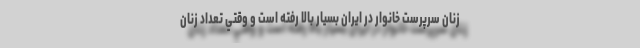
زنان سرپرست خانوار در ايران بسيار بالا رفته است و وقتي تعداد زنان